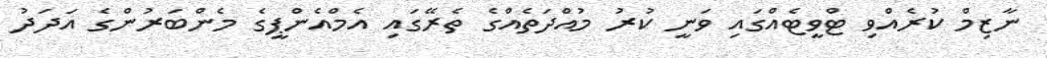
ނާޒިމް ކުރެއްވި ޓްވީޓެއްގައި ވަނީ ކުރު މުއްދަތެއްގެ ތެރޭގައި އެމްއެންޕީގެ މެންބަރުންގެ އަދަދު